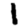
Digit: 1